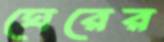
ঘেরের